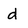
Character: d